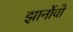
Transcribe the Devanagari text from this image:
झार्नोवो